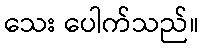
သေး ပေါက်သည်။